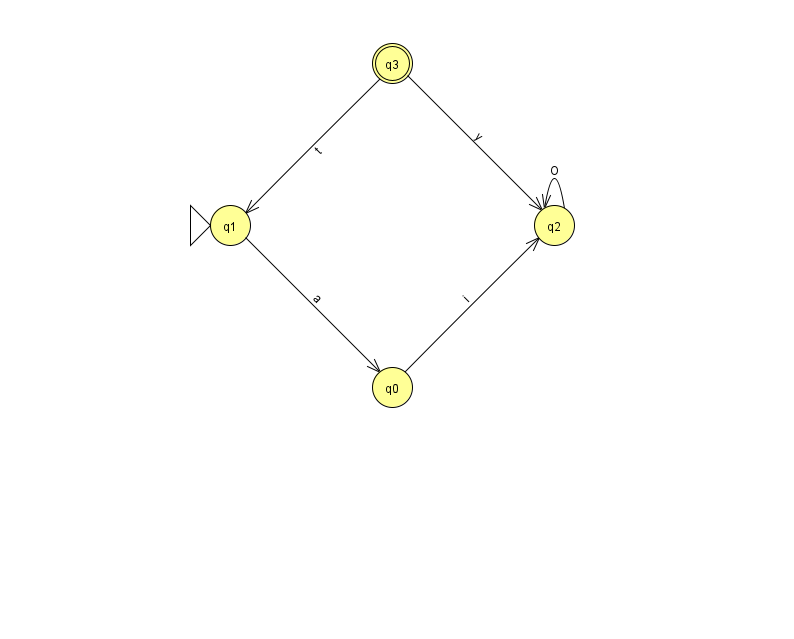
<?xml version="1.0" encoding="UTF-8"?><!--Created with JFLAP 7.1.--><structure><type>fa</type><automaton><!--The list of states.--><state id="0" name="q0"><x>392.0</x><y>374.0</y></state><state id="1" name="q1"><x>230.0</x><y>212.0</y><initial/></state><state id="2" name="q2"><x>554.0</x><y>212.0</y></state><state id="3" name="q3"><x>392.0</x><y>50.0</y><final/></state><!--The list of transitions.--><transition><from>3</from><to>2</to><read>y</read></transition><transition><from>1</from><to>0</to><read>a</read></transition><transition><from>0</from><to>2</to><read>i</read></transition><transition><from>2</from><to>2</to><read>O</read></transition><transition><from>3</from><to>1</to><read>t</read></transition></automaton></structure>